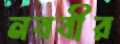
নববীর